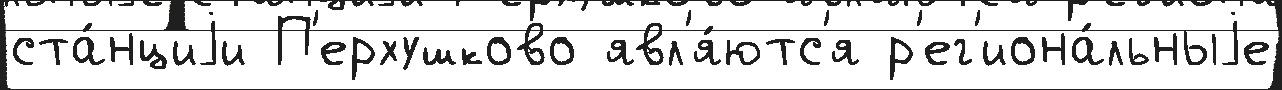
ста́нциjи П'ерхушково явл'я́ютс'я р'ег'иона́льныjе